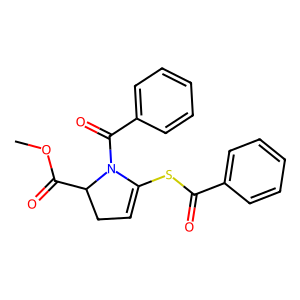
SMILES: COC(=O)C1CC=C(SC(=O)c2ccccc2)N1C(=O)c1ccccc1
Inhibits HIV replication: No